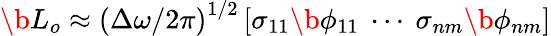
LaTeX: \b{L_{o}}\approx\left(\Delta\omega/2\pi\right)^{1/2}\left[\sigma_{11}\b{\phi}_{11}\ \cdots\ \sigma_{nm}\b{\phi}_{nm}\right]